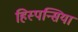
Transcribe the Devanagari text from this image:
हिस्पन्सिया